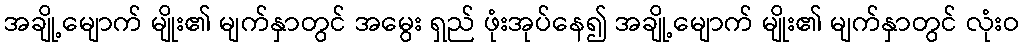
အချို့မျောက် မျိုး၏ မျက်နှာတွင် အမွေး ရှည် ဖုံးအုပ်နေ၍ အချို့မျောက် မျိုး၏ မျက်နှာတွင် လုံးဝ